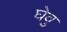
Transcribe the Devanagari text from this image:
घेवु